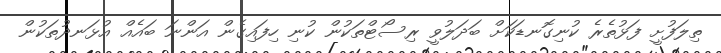
ތިލަފުށީ ފަޅުތެރެ ކުނިގޮނޑަކަށް ބަދަލުވީ ރިސޯޓްތަކުން ކުނި ހިފައިގެން އަންނަ ބައެއް އުޅަނދުތަކުން